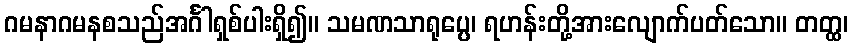
ဂမနာဂမနစသည်အင်္ဂါရှစ်ပါးရှိ၍။ သမဏသာရုပ္ပေ၊ ရဟန်းတို့အားလျောက်ပတ်သော။ တတ္ထ၊